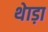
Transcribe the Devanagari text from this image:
थेाड़ा